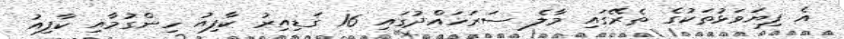
އެ ފިޔަވަޅުތަކުގެ ތެރޭގައި މާލެ ސަރަހައްދުގައި 16 ގަޑިއިރު ކާފިއު ހިންގުމާއި ކާފިއު